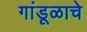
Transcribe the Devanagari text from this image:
गांडूळाचे